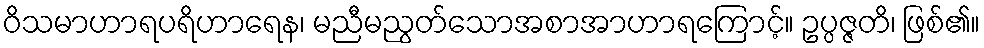
ဝိသမာဟာရပရိဟာရေန၊ မညီမညွတ်သောအစာအာဟာရကြောင့်။ ဥပ္ပဇ္ဇတိ၊ ဖြစ်၏။